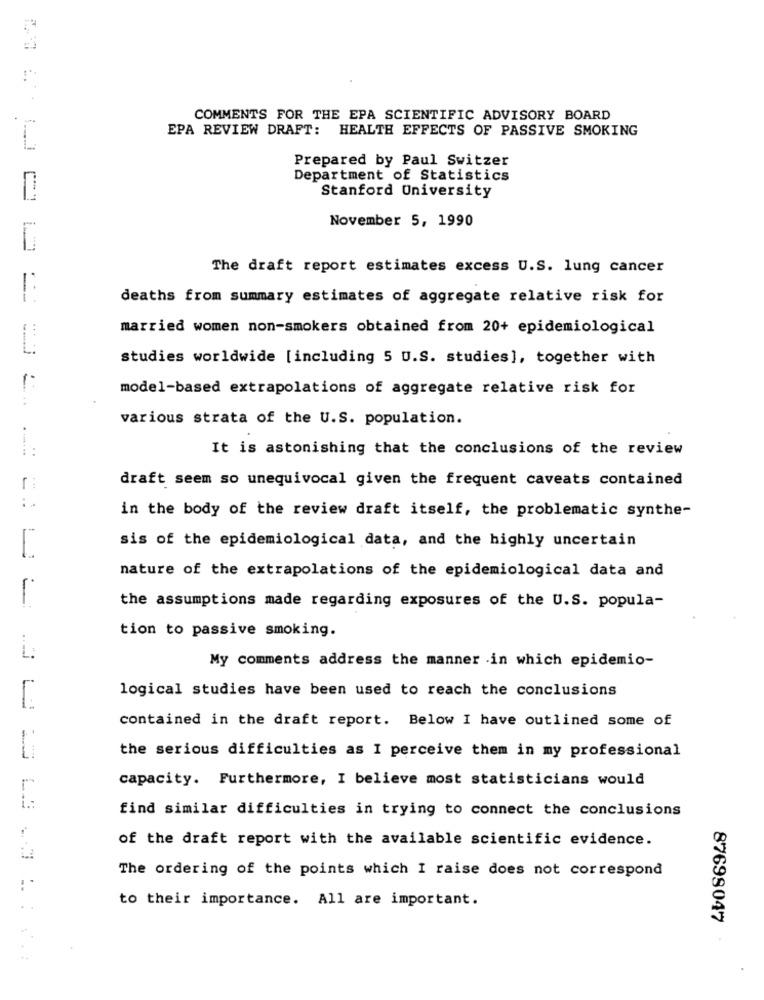
COMMENTS FOR THE EPA SCIENTIFIC ADVISORY BOARD
EPA REVIEW DRAFT: HEALTH EFFECTS OF PASSIVE SMOKING
L
Prepared by Paul Switzer
Department of Statistics
Stanford University
November 5, 1990
The draft report estimates excess U.S. lung cancer
deaths from summary estimates of aggregate relative risk for
married women non-smokers obtained from 20+ epidemiological
studies worldwide [including 5 U.S. studies], together with
1:
model-based extrapolations of aggregate relative risk for
various strata of the U.S. population.
1
..
It is astonishing that the conclusions of the review
draft seem so unequivocal given the frequent caveats contained
- ..
in the body of the review draft itself, the problematic synthe-
sis of the epidemiological data, and the highly uncertain
1
nature of the extrapolations of the epidemiological data and
1
the assumptions made regarding exposures of the U.S. popula-
tion to passive smoking.
:
L.
My comments address the manner in which epidemio-
logical studies have been used to reach the conclusions
contained in the draft report. Below I have outlined some of
the serious difficulties as I perceive them in my professional
capacity. Furthermore, I believe most statisticians would
find similar difficulties in trying to connect the conclusions
of the draft report with the available scientific evidence.
LJ -1
The ordering of the points which I raise does not correspond
to their importance. All are important.
87698047